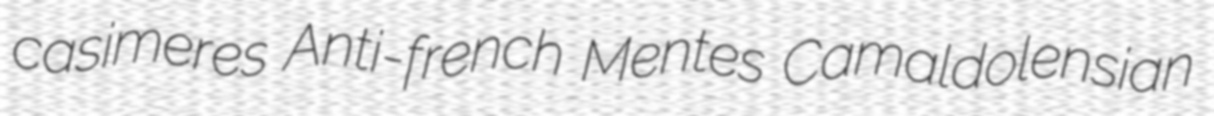
casimeres Anti-french Mentes Camaldolensian